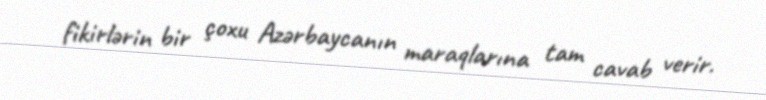
fikirlərin bir çoxu Azərbaycanın maraqlarına tam cavab verir.